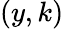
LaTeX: (y,k)